Triennial report on the lunatic asylums in the province of Eastern Bengal and Assam - 1903-1911
Year: 1903
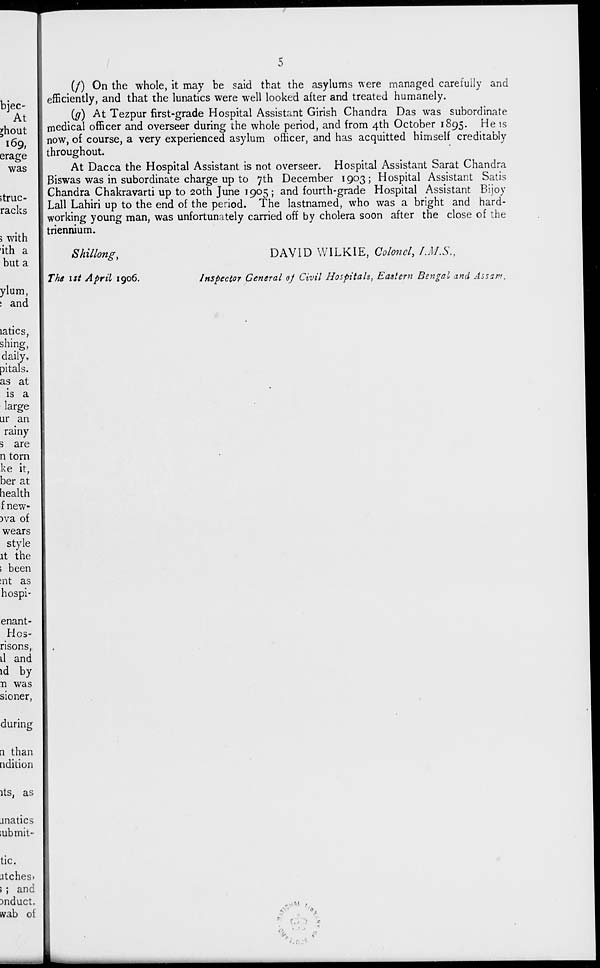
5
(f) On the whole, it may be said that the asylums were managed carefully and
efficiently, and that the lunatics were well looked after and treated humanely.
(g) At Tezpur first-grade Hospital Assistant Girish Chandra Das was subordinate
medical officer and overseer during the whole period, and from 4th October 1895. He is
now, of course, a very experienced asylum officer, and has acquitted himself creditably
throughout.
At Dacca the Hospital Assistant is not overseer. Hospital Assistant Sarat Chandra
Biswas was in subordinate charge up to 7th December 1903; Hospital Assistant Satis
Chandra Chakravarti up to 20th June 1905; and fourth-grade Hospital Assistant Bijoy
Lall Lahiri up to the end of the period. The lastnamed, who was a bright and hard-
working young man, was unfortunately carried off by cholera soon after the close of the
triennium.
Shillong,
The 1st April 1906.
DAVID WILKIE, Colonel, I.M.S.,
Inspector General of Civil Hospitals, Eastern Bengal and Assam,